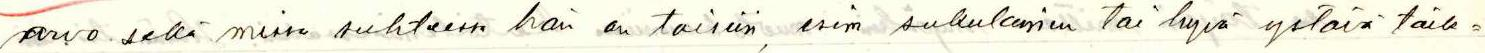
arvo sekä missa suhteessa hän on toisiin, esim sukulainen tai hyvä ystävä taik=